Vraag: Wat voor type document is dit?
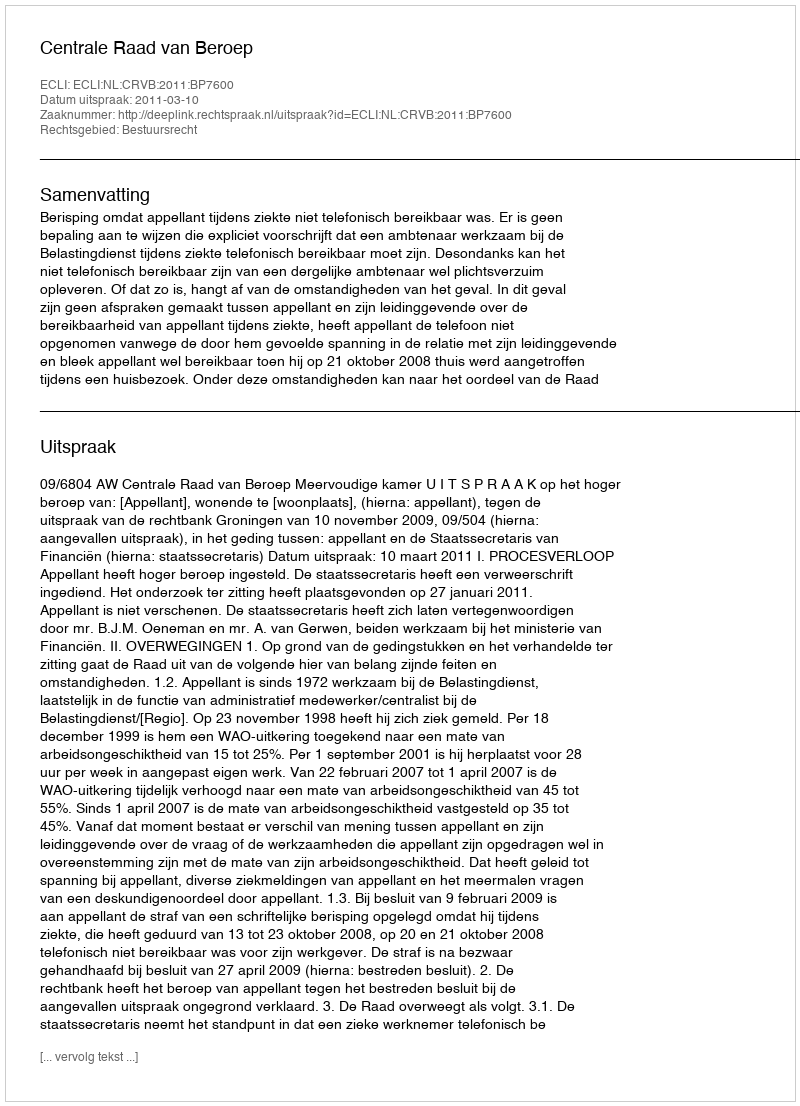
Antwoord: Uitspraak